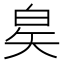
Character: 𬐇